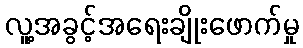
လူ့အခွင့်အရေးချိုးဖောက်မှု